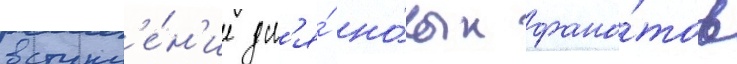
вступл'е́н'ие дл'я́ но́вых фана́тов